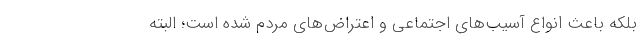
بلکه باعث انواع آسیب‌های اجتماعی و اعتراض‌های مردم شده است؛ البته